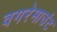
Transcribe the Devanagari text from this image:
वगरेमाउंट